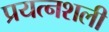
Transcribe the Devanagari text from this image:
प्रयत्नशली